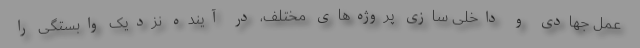
عمل جهادی و داخلی سازی پروژه‌های مختلف، در آینده نزدیک وابستگی را